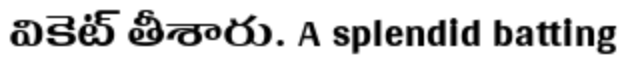
వికెట్ తీశారు. A splendid batting